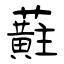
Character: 蘣